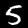
Label: 5